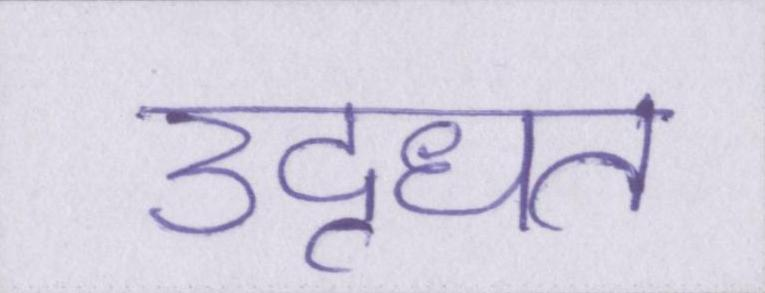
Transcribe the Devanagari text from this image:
उद्धृत